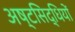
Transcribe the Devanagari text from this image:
अष्टसिद्धियों